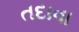
તદાવા